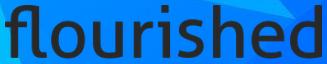
flourished